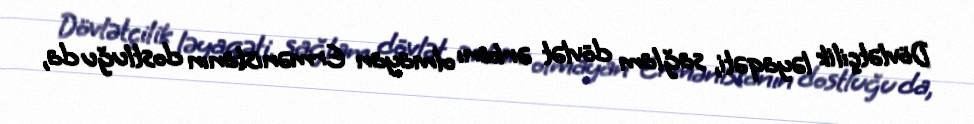
Dövlətçilik ləyaqəti, sağlam dövlət ərkanı olmayan Ermənistanın dostluğu da,